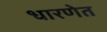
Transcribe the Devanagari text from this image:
धारणेत